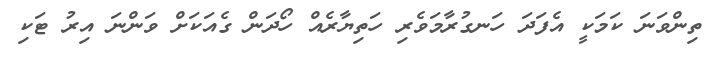
ތިންވަނަ ކަމަކީ އެފަދަ ހަނގުރާމަވެރި ހަތިޔާރެއް ހޯދަން ގެއަކަށް ވަންނަ އިރު ޓަކި